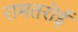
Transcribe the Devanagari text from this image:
रामतरोई